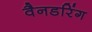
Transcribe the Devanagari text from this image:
वैनडरिंग